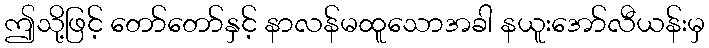
ဤသို့ဖြင့် တော်တော်နှင့် နာလန်မထူသောအခါ နယူးအော်လီယန်းမှ